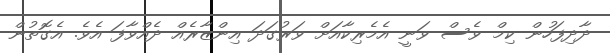
ދާދިފަހުން ކިމް ވެސް ވަނީ އެމެރިކާއަށް ވަރުގަދަ އިންޒާރެއް ދެއްވާފަ އެވެ. އެގޮތުން